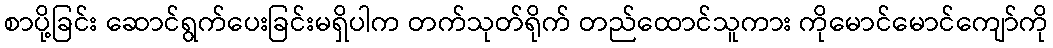
စာပို့ခြင်း ဆောင်ရွက်ပေးခြင်းမရှိပါက တက်သုတ်ရိုက် တည်ထောင်သူကား ကိုမောင်မောင်ကျော်ကို